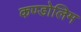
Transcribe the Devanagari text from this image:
कण्डोलिम